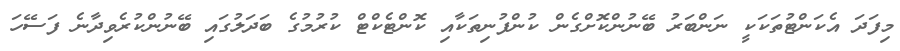
މިފަދަ އެކަންޓުތަކަކީ ނަންބަރު ބޭނުންކޮށްގެން ކުންފުނިތަކާއި ކޮންޓެކްޓް ކުރުމުގެ ބަދަލުގައި ބޭނުންކުރެވިދާނެ ފަސޭހަ